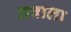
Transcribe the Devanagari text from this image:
अवाला